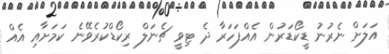
އަލަށް ނެރުނު ޑީކޯޑަރުން އެއްފަހަރާ ދެ ޓިވީ ޗެނަލް ރިކޯޑްކުރެވޭނެ ކަމަށާއި އެއް